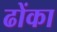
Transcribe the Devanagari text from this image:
ढोंका